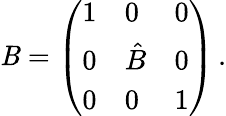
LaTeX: \mathit{B}=\left(\begin{array}{lll}{{1}}&{{0}}&{{0}}\\ {{0}}&{{\hat{B}}}&{{0}}\\ {{0}}&{{0}}&{{1}}\end{array}\right)\, .